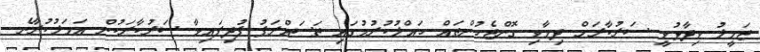
ޖަމީލު ވިދާޅުވީ ސަރުކާރަށް ދިމާވި ގޮންޖެހުންތައް ހައްލުކުރުމުގައި ތަސައްރަފު ފުދިފައިވާ ސަރުކާރަކުން އަމަލުކުރާނެ